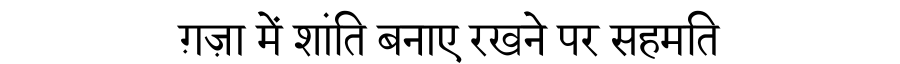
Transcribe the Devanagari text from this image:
ग़ज़ा में शांति बनाए रखने पर सहमति